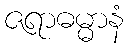
ဇရာဓမ္မာနံ